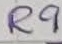
Text: R9